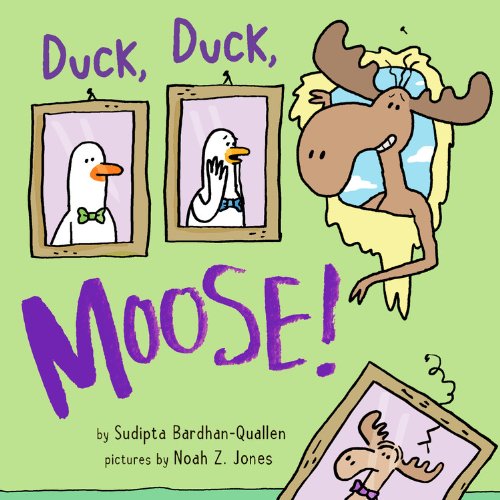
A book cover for Duck, Duck, Moose!; Sudipta Bardhan-Quallen; Children's Books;